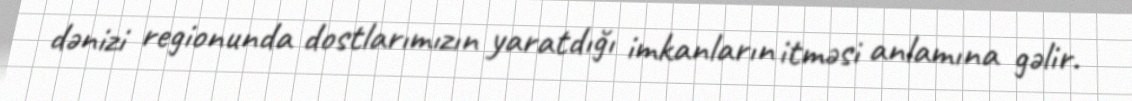
dənizi regionunda dostlarımızın yaratdığı imkanların itməsi anlamına gəlir.